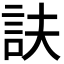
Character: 𧥱